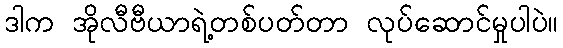
ဒါက အိုလီဗီယာရဲ့တစ်ပတ်တာ လုပ်ဆောင်မှုပါပဲ။